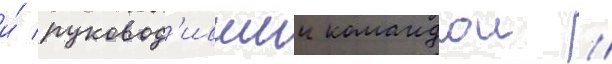
и́ руковод'ившии командои //